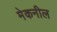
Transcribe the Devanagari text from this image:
मेकनील